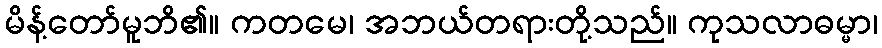
မိန့်တော်မူဘိ၏။ ကတမေ၊ အဘယ်တရားတို့သည်။ ကုသလာဓမ္မာ၊